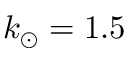
k _ { \odot } = 1 . 5